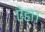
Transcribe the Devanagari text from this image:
ऐहा।